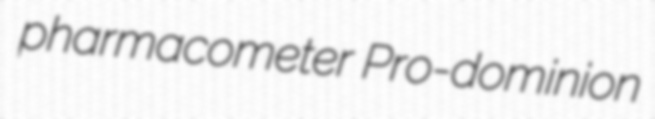
pharmacometer Pro-dominion